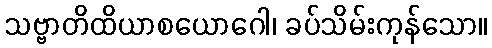
သဗ္ဗာတိထိယာစယောဂေါ၊ ခပ်သိမ်းကုန်သော။